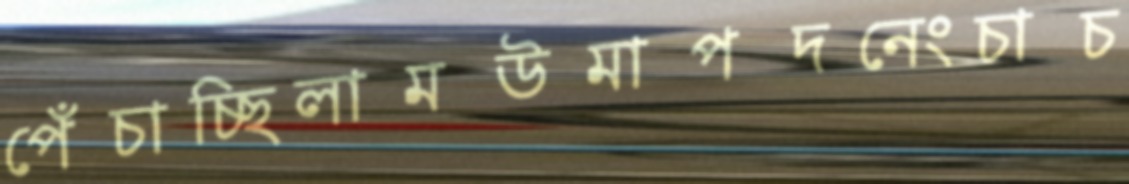
পেঁচাচ্ছিলামউমাপদনেংচাচ